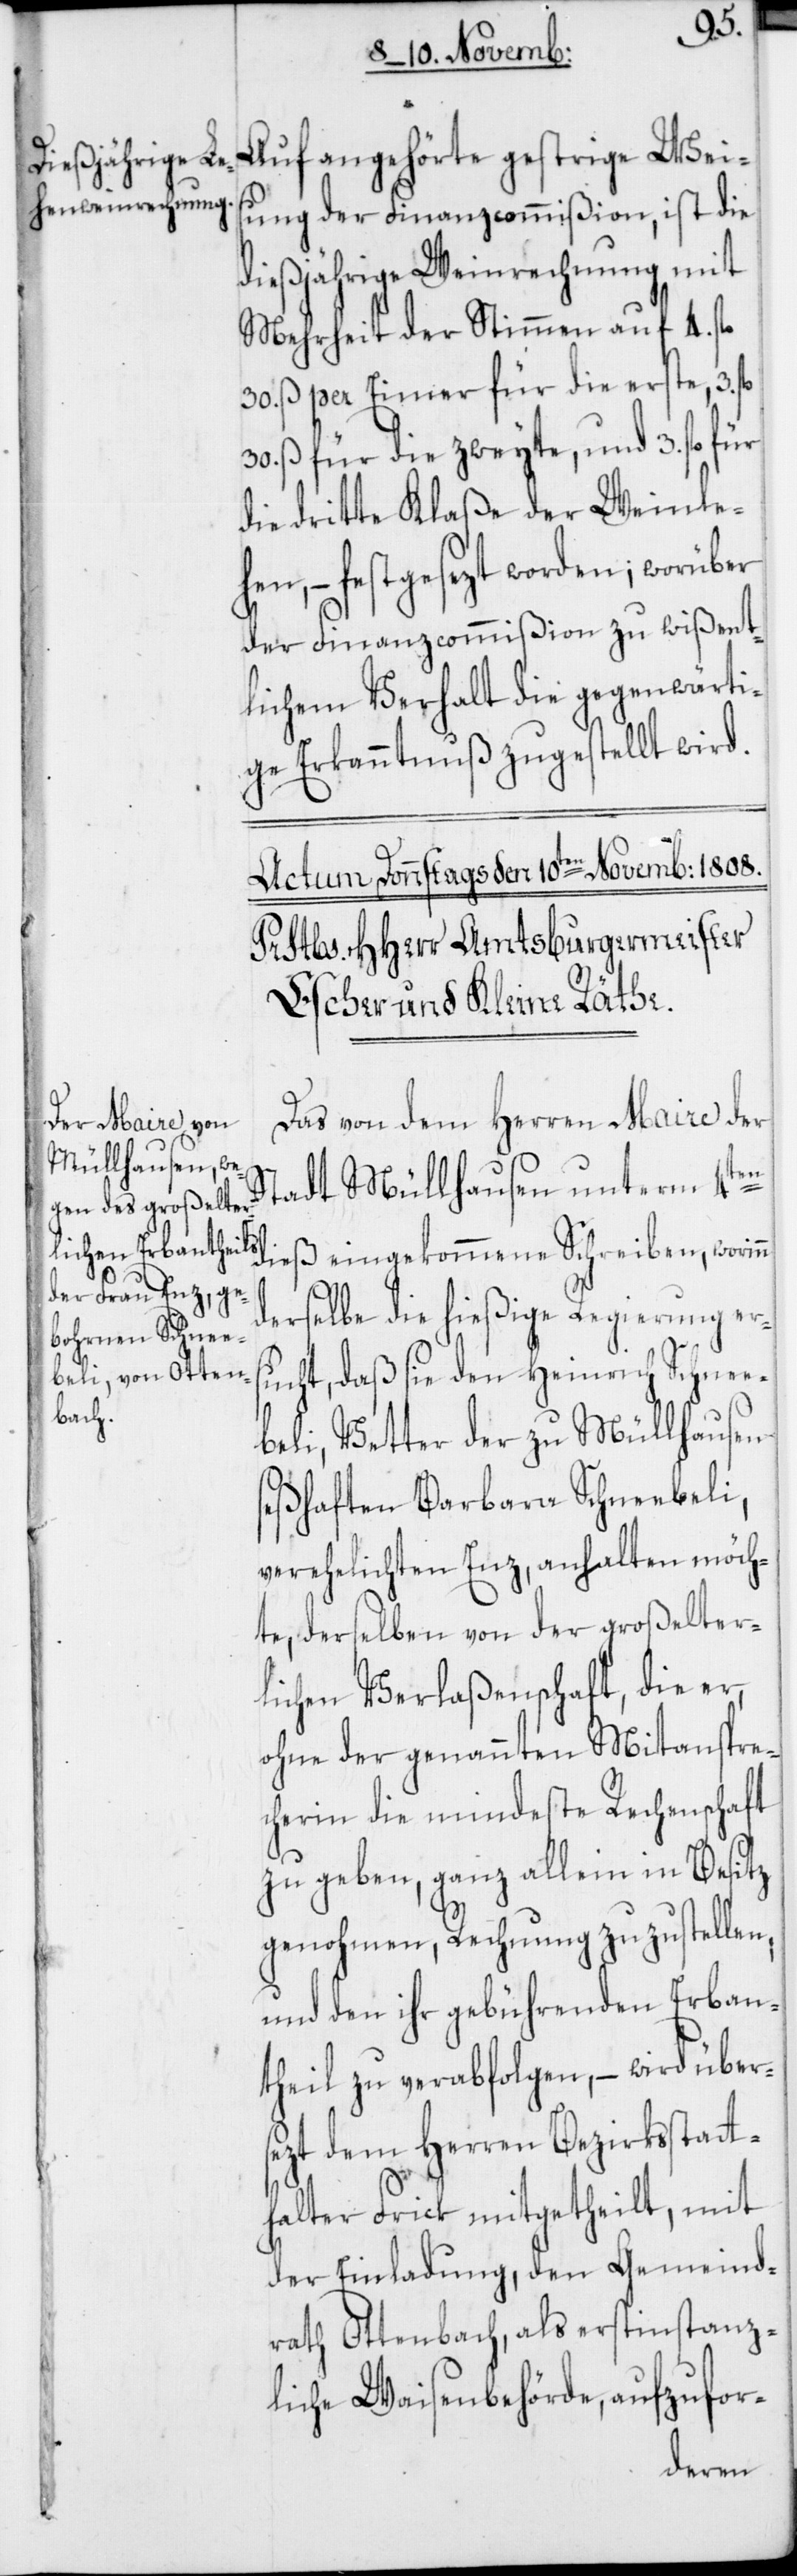
Auf angehörte gestrige Weis¬
ung der Finanzcommißion, ist die
dießjährige Weinrechnung mit
Mehrheit der Stimmen auf 4. fl.
30. ß per Eimer für die erste, 3.
30. ß für die zweyte, und 3. fl. für
die dritte Klaße der Weinleh¬
en, – festgesezt worden; worüber
der Finanzcommißion zu wißent¬
lichem Verhalt die gegenwärti¬
ge Erkanntnuß zugestellt wird.
Das von dem Herren Maire der
Stadt Müllhausen unterm 4ten
derselbe die hießige Regierung ers¬
ucht, daß sie den Heinrich Schnee¬
beli, Vetter der zu Müllhausen
seßhaften Barbara Schneebeli,
verehelichten Enz, anhalten möch¬
te, derselben von der großelter¬
lichen Verlaßenschaft, die er,
ohne der genannten Mitanspre¬
cherin die mindeste Rechenschaft
zu geben, ganz allein in Besitz
genohmen, Rechnung zuzustellen,
und den ihr gebührenden Erban¬
theil zu verabfolgen, – wird übers¬
ezt dem Herren Bezirksstatt¬
halter Frick mitgetheilt, mit
der Einladung, den Gemeind¬
rath Ottenbach, als erstinstanz¬
liche Waisenbehörde, aufzufor-